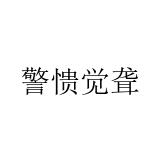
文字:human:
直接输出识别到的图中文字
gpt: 警愦觉聋